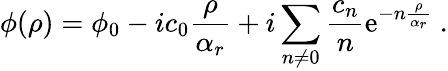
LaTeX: \phi(\rho)=\phi_{0}-ic_{0}{\frac{\rho}{\alpha_{r}}}+i\sum_{n\neq 0}\frac{c_{n}}{n}\mathrm{e}^{-n{\frac{\rho}{\alpha_{r}}}}\ .